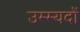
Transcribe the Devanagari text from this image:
उम्म्यदों